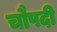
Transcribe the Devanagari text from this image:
चौपदी